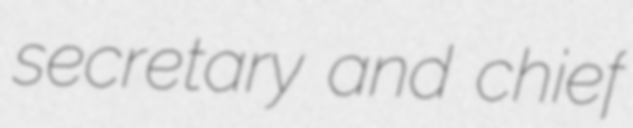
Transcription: secretary and chief